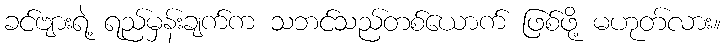
ခင်ဗျားရဲ့ ရည်မှန်းချက်က သဘင်သည်တစ်ယောက် ဖြစ်ဖို့ မဟုတ်လား။